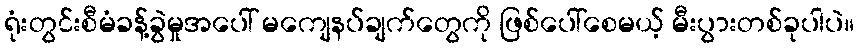
ရုံးတွင်းစီမံခန့်ခွဲမှုအပေါ် မကျေနပ်ချက်တွေကို ဖြစ်ပေါ်စေမယ့် မီးပွားတစ်ခုပါပဲ။